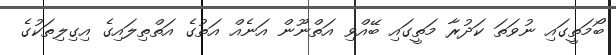
ބޯމަތީގައި ނުވަތަ ކަދުރާ މަތީގައި ބޭއްވި އަތްނޫން އަނެއް އަތުގެ އަތްތިލައިގެ އިގިލިތަކުގެ